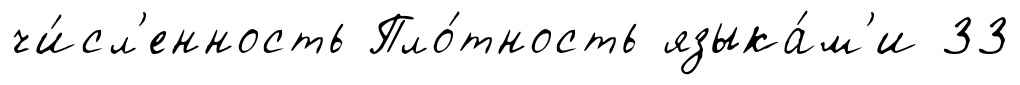
чи́сл'енность Пло́тность языка́м'и 33